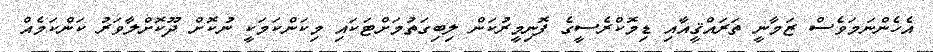
އެހެންނަމަވެސް ޒަމާނީ ތަރައްޤީއާއި ޑިމޮކްރެސީގެ ފޮނިމީރުކަން ލިބިގަތުމަށްޓަކައި މިކަންކަމަކީ ނުކޮށް ދޫކޮށްލާވަރު ކަންކަމެއް